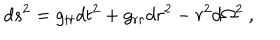
d s ^ { 2 } = g _ { t t } d t ^ { 2 } + g _ { r r } d r ^ { 2 } - r ^ { 2 } d \Omega ^ { 2 } \ ,